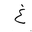
Letter: _gayn